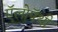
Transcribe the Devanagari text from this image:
ऍलोपॅथी